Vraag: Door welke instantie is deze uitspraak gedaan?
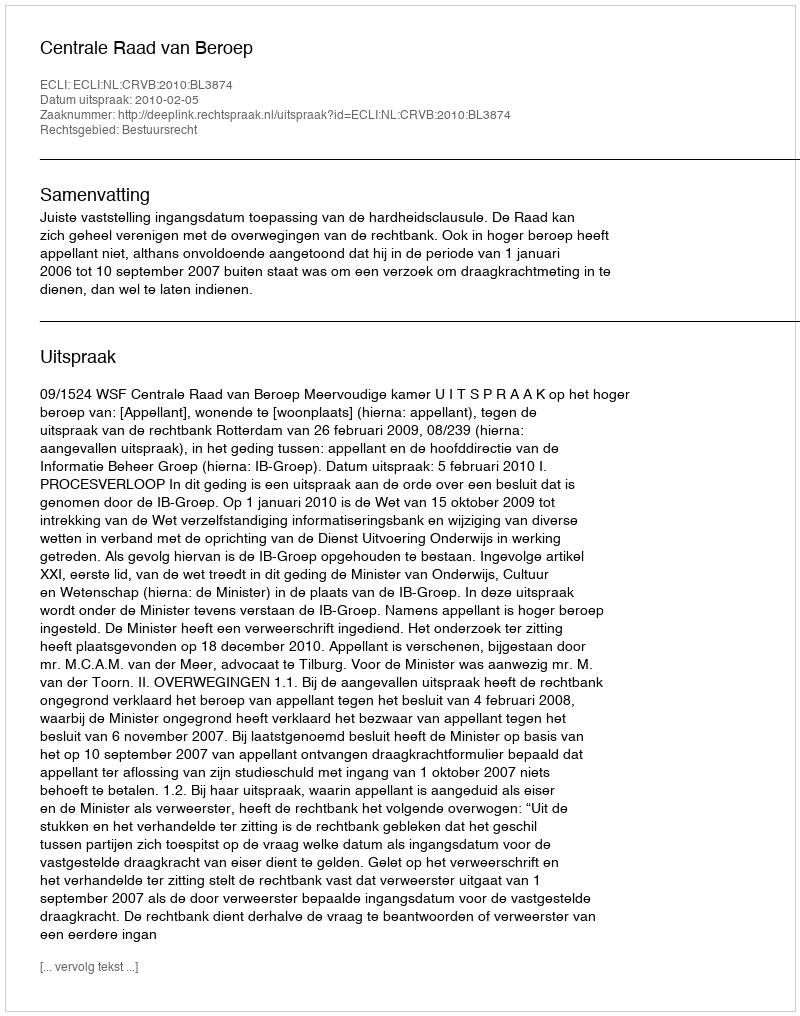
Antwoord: Centrale Raad van Beroep